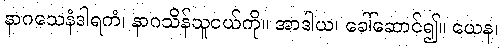
နာဂသေနံဒါရကံ၊ နာဂသိန်သူငယ်ကို။ အာဒါယ၊ ခေါ်ဆောင်၍။ ယေန၊